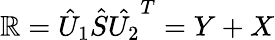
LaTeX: \mathbb{R}=\hat{{U}}_{1}\hat{{S}}\hat{{U_{2}}}^{T}=Y+X